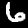
Digit: 6